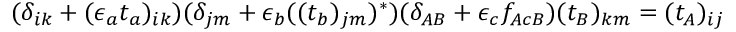
( \delta _ { i k } + ( \epsilon _ { a } t _ { a } ) _ { i k } ) ( \delta _ { j m } + \epsilon _ { b } ( ( t _ { b } ) _ { j m } ) ^ { \ast } ) ( \delta _ { A B } + \epsilon _ { c } f _ { A c B } ) ( t _ { B } ) _ { k m } = ( t _ { A } ) _ { i j }